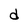
Character: d